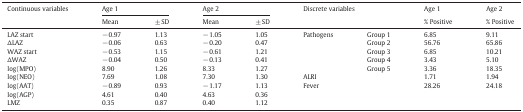
| <ROWSPAN=2> Continuous variables | <COLSPAN=2> Age 1 | <COLSPAN=2> Age 2 | <ROWSPAN=2-COLSPAN=2> Discrete variables | Age 1 | Age 2 |
 | Mean | ± SD | Mean | ± SD | % Positive | % Positive |
 | --- | --- | --- | --- | --- | --- | --- | --- | --- |
 | LAZ start | − 0.97 | 1.13 | − 1.05 | 1.05 | <ROWSPAN=5> Pathogens | Group 1 | 6.85 | 9.11 |
 | ΔLAZ | − 0.06 | 0.63 | − 0.20 | 0.47 | Group 2 | 56.76 | 65.86 |
 | WAZ start | − 0.53 | 1.15 | − 0.61 | 1.21 | Group 3 | 6.85 | 10.21 |
 | ΔWAZ | − 0.04 | 0.50 | − 0.13 | 0.41 | Group 4 | 3.43 | 5.10 |
 | log(MPO) | 8.90 | 1.26 | 8.33 | 1.27 | Group 5 | 3.36 | 18.35 |
 | log(NEO) | 7.69 | 1.08 | 7.30 | 1.30 | <COLSPAN=2> ALRI | 1.71 | 1.94 |
 | log(AAT) | − 0.89 | 0.93 | − 1.17 | 1.13 | <COLSPAN=2> Fever | 28.26 | 24.18 |
 | log(AGP) | 4.61 | 0.40 | 4.63 | 0.36 | <COLSPAN=2>  |  |  |
 | LMZ | 0.35 | 0.87 | 0.40 | 1.12 | <COLSPAN=2>  |  |  |